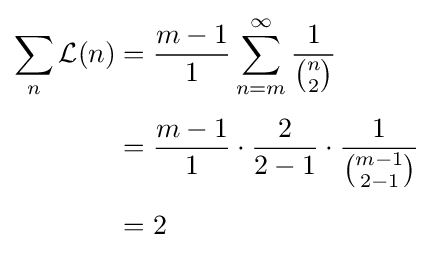
{\begin{aligned}\sum _{n}{\mathcal {L}}(n)&={\frac {m-1}{1}}\sum _{n=m}^{\infty }{\frac {1}{\binom {n}{2}}}\\[4pt]&={\frac {m-1}{1}}\cdot {\frac {2}{2-1}}\cdot {\frac {1}{\binom {m-1}{2-1}}}\\[4pt]&=2\end{aligned}}